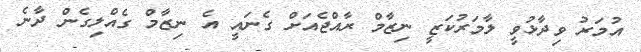
އުމަރު ވިދާޅުވީ ލާމަރުކަޒީ ނިޒާމް ރާއްޖެއަށް ގެނައީ އެ ނިޒާމް ގެއްލިގެން ދާނެ